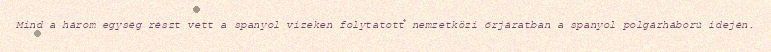
Mind a három egység részt vett a spanyol vizeken folytatott nemzetközi őrjáratban a spanyol polgárháború idején.